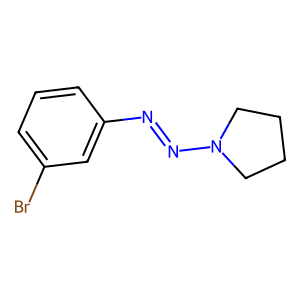
SMILES: Brc1cccc(N=NN2CCCC2)c1
Inhibits HIV replication: No